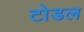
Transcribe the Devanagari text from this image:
टोडल